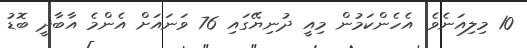
10 މިލިއަނެވެ. އެހެންކަމުން މިއީ ދުނިޔޭގައި 76 ވަނައަށް އެންމެ އާބާދީ ބޮޑު